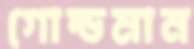
গোল্ডমান